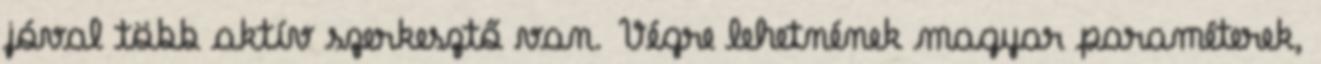
jóval több aktív szerkesztő van. Végre lehetnének magyar paraméterek,